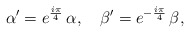
\begin{align*}\alpha' = e^{\frac{i\pi}4}\,\alpha,\quad\beta' = e^{-\frac{i\pi}4}\,\beta,\end{align*}